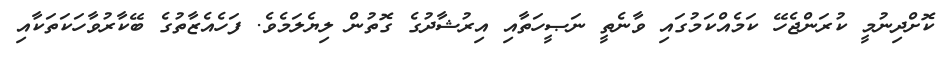
ކޮށްދިނުމީ ކުރަންޖެހޭ ކަމެއްކަމުގައި ވާނެތީ ނަޞީހަތާއި އިރުޝާދުގެ ގޮތުން ލިޔެލަމެވެ. ފަހެއެޒާތުގެ ބޭކާރުވާހަކަތަކާއި